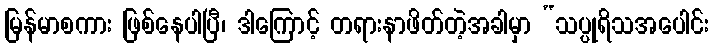
မြန်မာစကား ဖြစ်နေပါပြီ၊ ဒါကြောင့် တရားနာဖိတ်တဲ့အခါမှာ “သပ္ပုရိသအပေါင်း